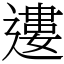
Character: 遱